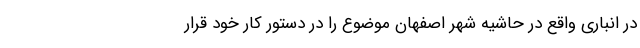
در انباری واقع در حاشیه شهر اصفهان موضوع را در دستور کار خود قرار